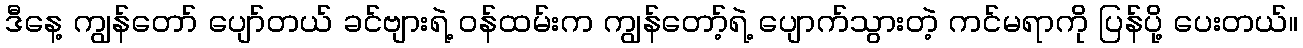
ဒီနေ့ ကျွန်တော် ပျော်တယ် ခင်ဗျားရဲ့ ဝန်ထမ်းက ကျွန်တော့်ရဲ့ ပျောက်သွားတဲ့ ကင်မရာကို ပြန်ပို့ ပေးတယ်။